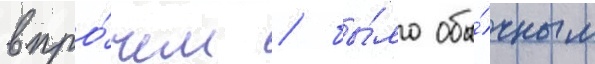
впро́чем / бы́ло обы́чным